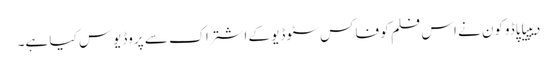
دیپیا پاڈوکون نے اس فلم کو فاکس سٹوڈیو کے اشتراک سے پروڈیوس کیا ہے۔